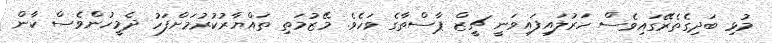
މުޅި ބަދިގެތެރޭގައިވެސް ހަރުލައިފައިވަނީ ޗީޒް ޕާސްތާގެ ވަހެވެ. މޭޒުމަތި ތައްޔާރުކުރުމަށްފަހު ދެމީހުންވެސް ކާން